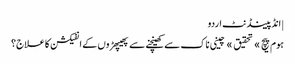
| انڈپینڈنٹ اردو
ہوم پیچ » تحقیق » چینی ناک سے کھینچنے سے پھیپھڑوں کے انفیکشن کا علاج؟